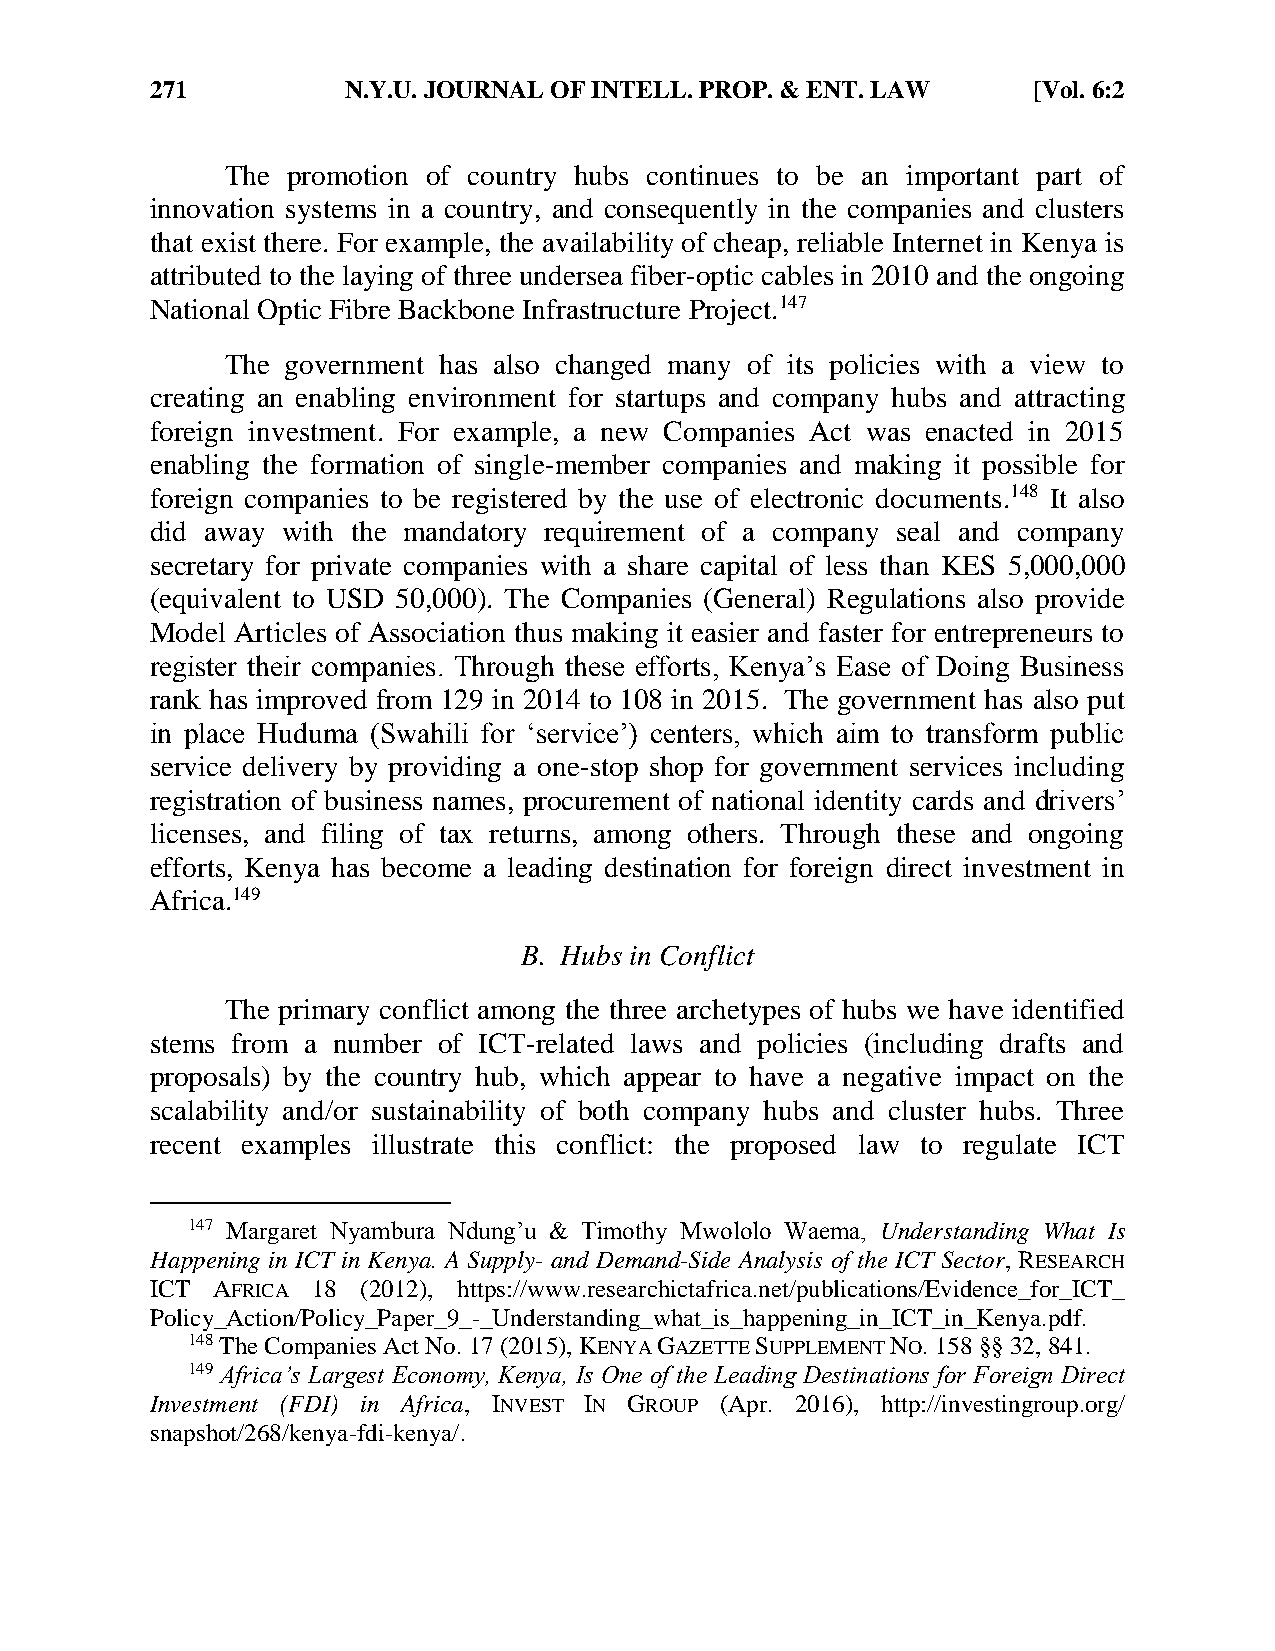
271          N.Y.U. JOURNAL OF INTELL. PROP. & ENT. LAW   [Vol. 6:2
 The promotion of country hubs continues to be an important part of
 innovation systems in a country, and consequently in the companies and clusters
 that exist there. For example, the availability of cheap, reliable Internet in Kenya is
 attributed to the laying of three undersea fiber-optic cables in 2010 and the ongoing
 National Optic Fibre Backbone Infrastructure Project.147
 The government has also changed many of its policies with a view to
 creating an enabling environment for startups and company hubs and attracting
 foreign investment. For example, a new Companies Act was enacted in 2015
 enabling the formation of single-member companies and making it possible for
 foreign companies to be registered by the use of electronic documents.148 It also
 did away with the mandatory requirement of a company seal and company
 secretary for private companies with a share capital of less than KES 5,000,000
 (equivalent to USD 50,000). The Companies (General) Regulations also provide
 Model Articles of Association thus making it easier and faster for entrepreneurs to
 register their companies. Through these efforts, Kenya’s Ease of Doing Business
 rank has improved from 129 in 2014 to 108 in 2015. The government has also put
 in place Huduma (Swahili for ‘service’) centers, which aim to transform public
 service delivery by providing a one-stop shop for government services including
 registration of business names, procurement of national identity cards and drivers’
 licenses, and filing of tax returns, among others. Through these and ongoing
 efforts, Kenya has become a leading destination for foreign direct investment in
 Africa.149
 B. Hubs in Conflict
 The primary conflict among the three archetypes of hubs we have identified
 stems from a number of ICT-related laws and policies (including drafts and
 proposals) by the country hub, which appear to have a negative impact on the
 scalability and/or sustainability of both company hubs and cluster hubs. Three
 recent examples illustrate this conflict: the proposed law to regulate ICT
 147 Margaret Nyambura Ndung’u & Timothy Mwololo Waema, Understanding What Is
 Happening in ICT in Kenya. A Supply- and Demand-Side Analysis of the ICT Sector, RESEARCH
 ICT AFRICA 18 (2012), https://www.researchictafrica.net/publications/Evidence_for_ICT_
 Policy_Action/Policy_Paper_9_-_Understanding_what_is_happening_in_ICT_in_Kenya.pdf.
 148 The Companies Act No. 17 (2015), KENYA GAZETTE SUPPLEMENT NO. 158 §§ 32, 841.
 149 Africa’s Largest Economy, Kenya, Is One of the Leading Destinations for Foreign Direct
 Investment (FDI) in Africa, INVEST IN GROUP (Apr. 2016), http://investingroup.org/
 snapshot/268/kenya-fdi-kenya/.